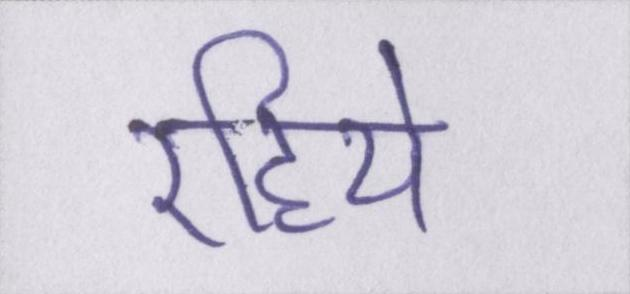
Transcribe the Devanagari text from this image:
रहिये